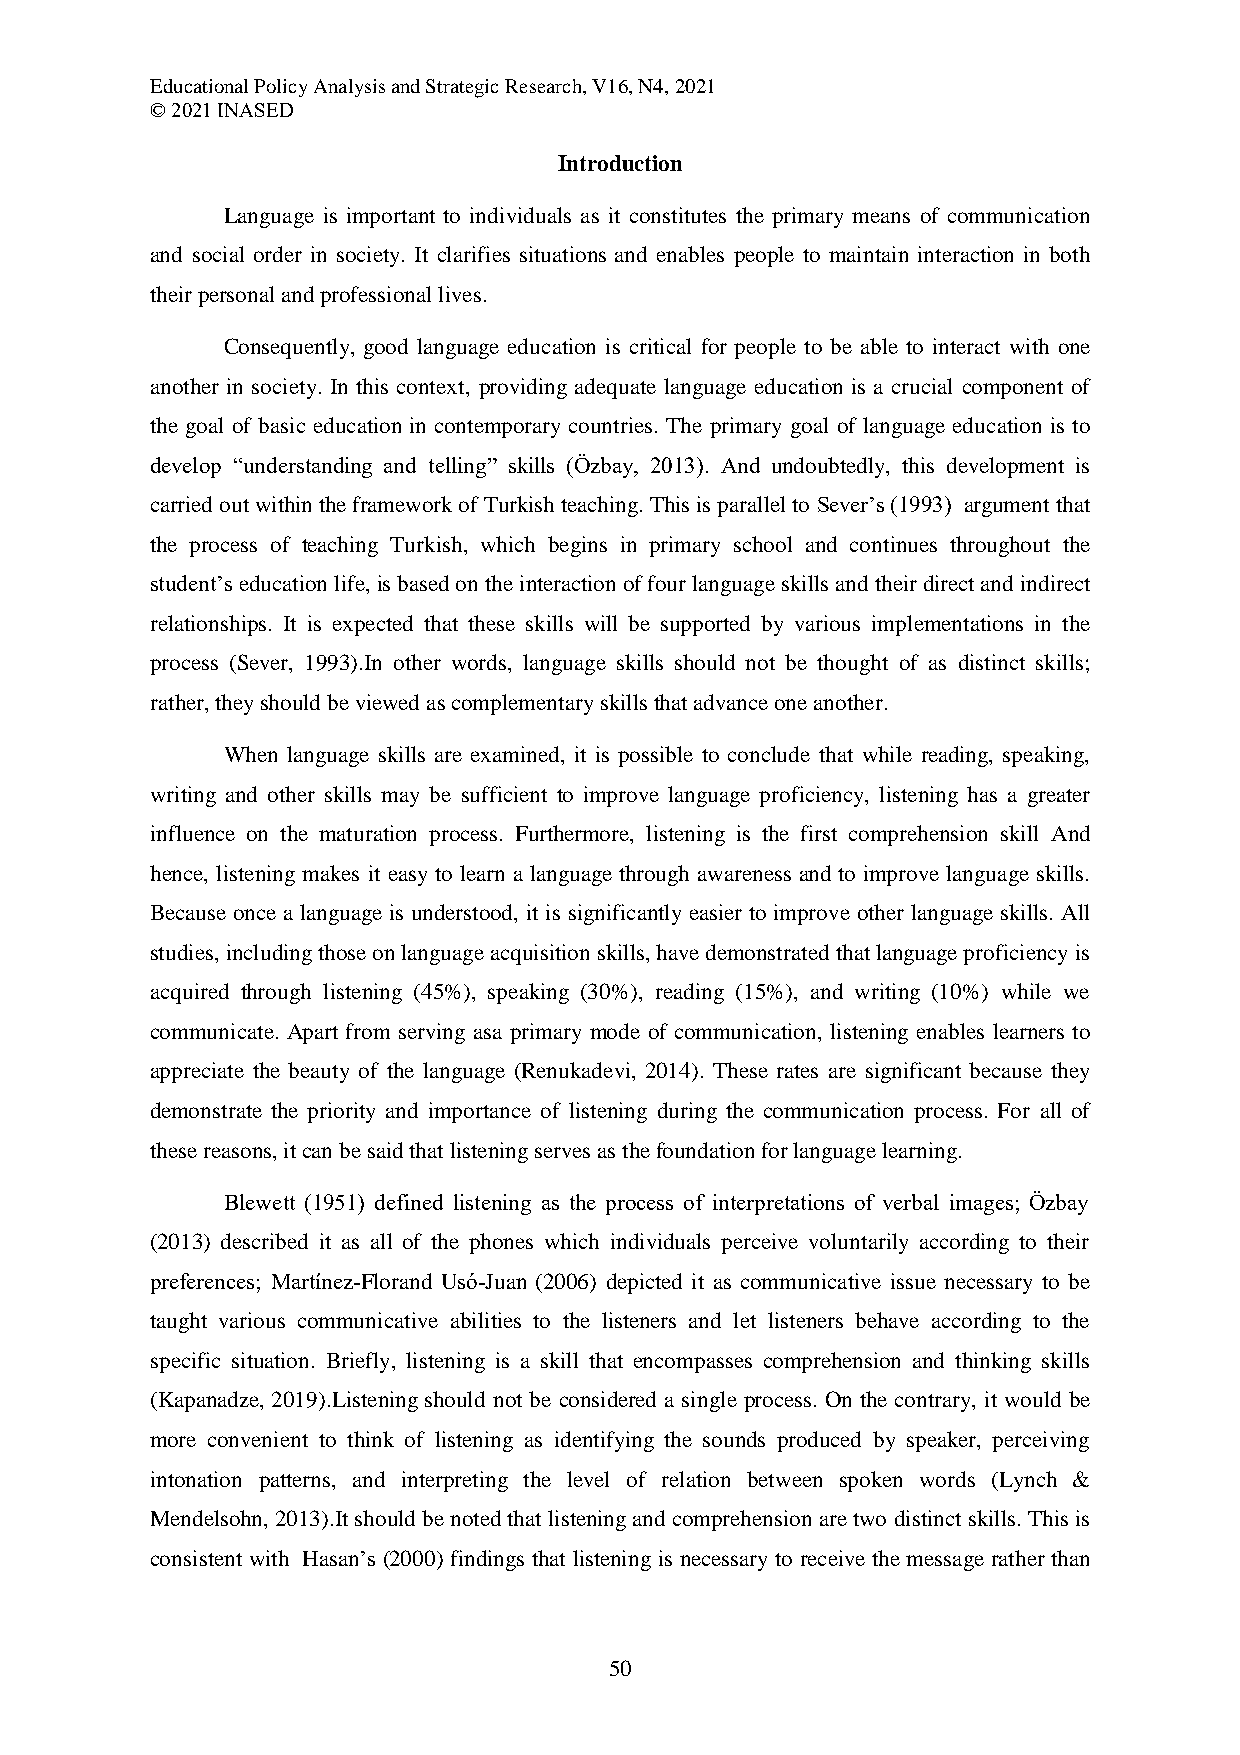
Educational Policy Analysis and Strategic Research, V16, N4, 2021
 © 2021 INASED
 Introduction
 Language is important to individuals as it constitutes the primary means of communication
 and social order in society. It clarifies situations and enables people to maintain interaction in both
 their personal and professional lives.
 Consequently, good language education is critical for people to be able to interact with one
 another in society. In this context, providing adequate language education is a crucial component of
 the goal of basic education in contemporary countries. The primary goal of language education is to
 develop “understanding and telling” skills (Özbay, 2013). And undoubtedly, this development is
 carried out within the framework of Turkish teaching. This is parallel to Sever’s (1993) argument that
 the process of teaching Turkish, which begins in primary school and continues throughout the
 student’s education life, is based on the interaction of four language skills and their direct and indirect
 relationships. It is expected that these skills will be supported by various implementations in the
 process (Sever, 1993).In other words, language skills should not be thought of as distinct skills;
 rather, they should be viewed as complementary skills that advance one another.
 When language skills are examined, it is possible to conclude that while reading, speaking,
 writing and other skills may be sufficient to improve language proficiency, listening has a greater
 influence on the maturation process. Furthermore, listening is the first comprehension skill And
 hence, listening makes it easy to learn a language through awareness and to improve language skills.
 Because once a language is understood, it is significantly easier to improve other language skills. All
 studies, including those on language acquisition skills, have demonstrated that language proficiency is
 acquired through listening (45%), speaking (30%), reading (15%), and writing (10%) while we
 communicate. Apart from serving asa primary mode of communication, listening enables learners to
 appreciate the beauty of the language (Renukadevi, 2014). These rates are significant because they
 demonstrate the priority and importance of listening during the communication process. For all of
 these reasons, it can be said that listening serves as the foundation for language learning.
 Blewett (1951) defined listening as the process of interpretations of verbal images; Özbay
 (2013) described it as all of the phones which individuals perceive voluntarily according to their
 preferences; Martínez-Florand Usó-Juan (2006) depicted it as communicative issue necessary to be
 taught various communicative abilities to the listeners and let listeners behave according to the
 specific situation. Briefly, listening is a skill that encompasses comprehension and thinking skills
 (Kapanadze, 2019).Listening should not be considered a single process. On the contrary, it would be
 more convenient to think of listening as identifying the sounds produced by speaker, perceiving
 intonation patterns, and interpreting the level of relation between spoken words (Lynch &
 Mendelsohn, 2013).It should be noted that listening and comprehension are two distinct skills. This is
 consistent with Hasan’s (2000) findings that listening is necessary to receive the message rather than
 50